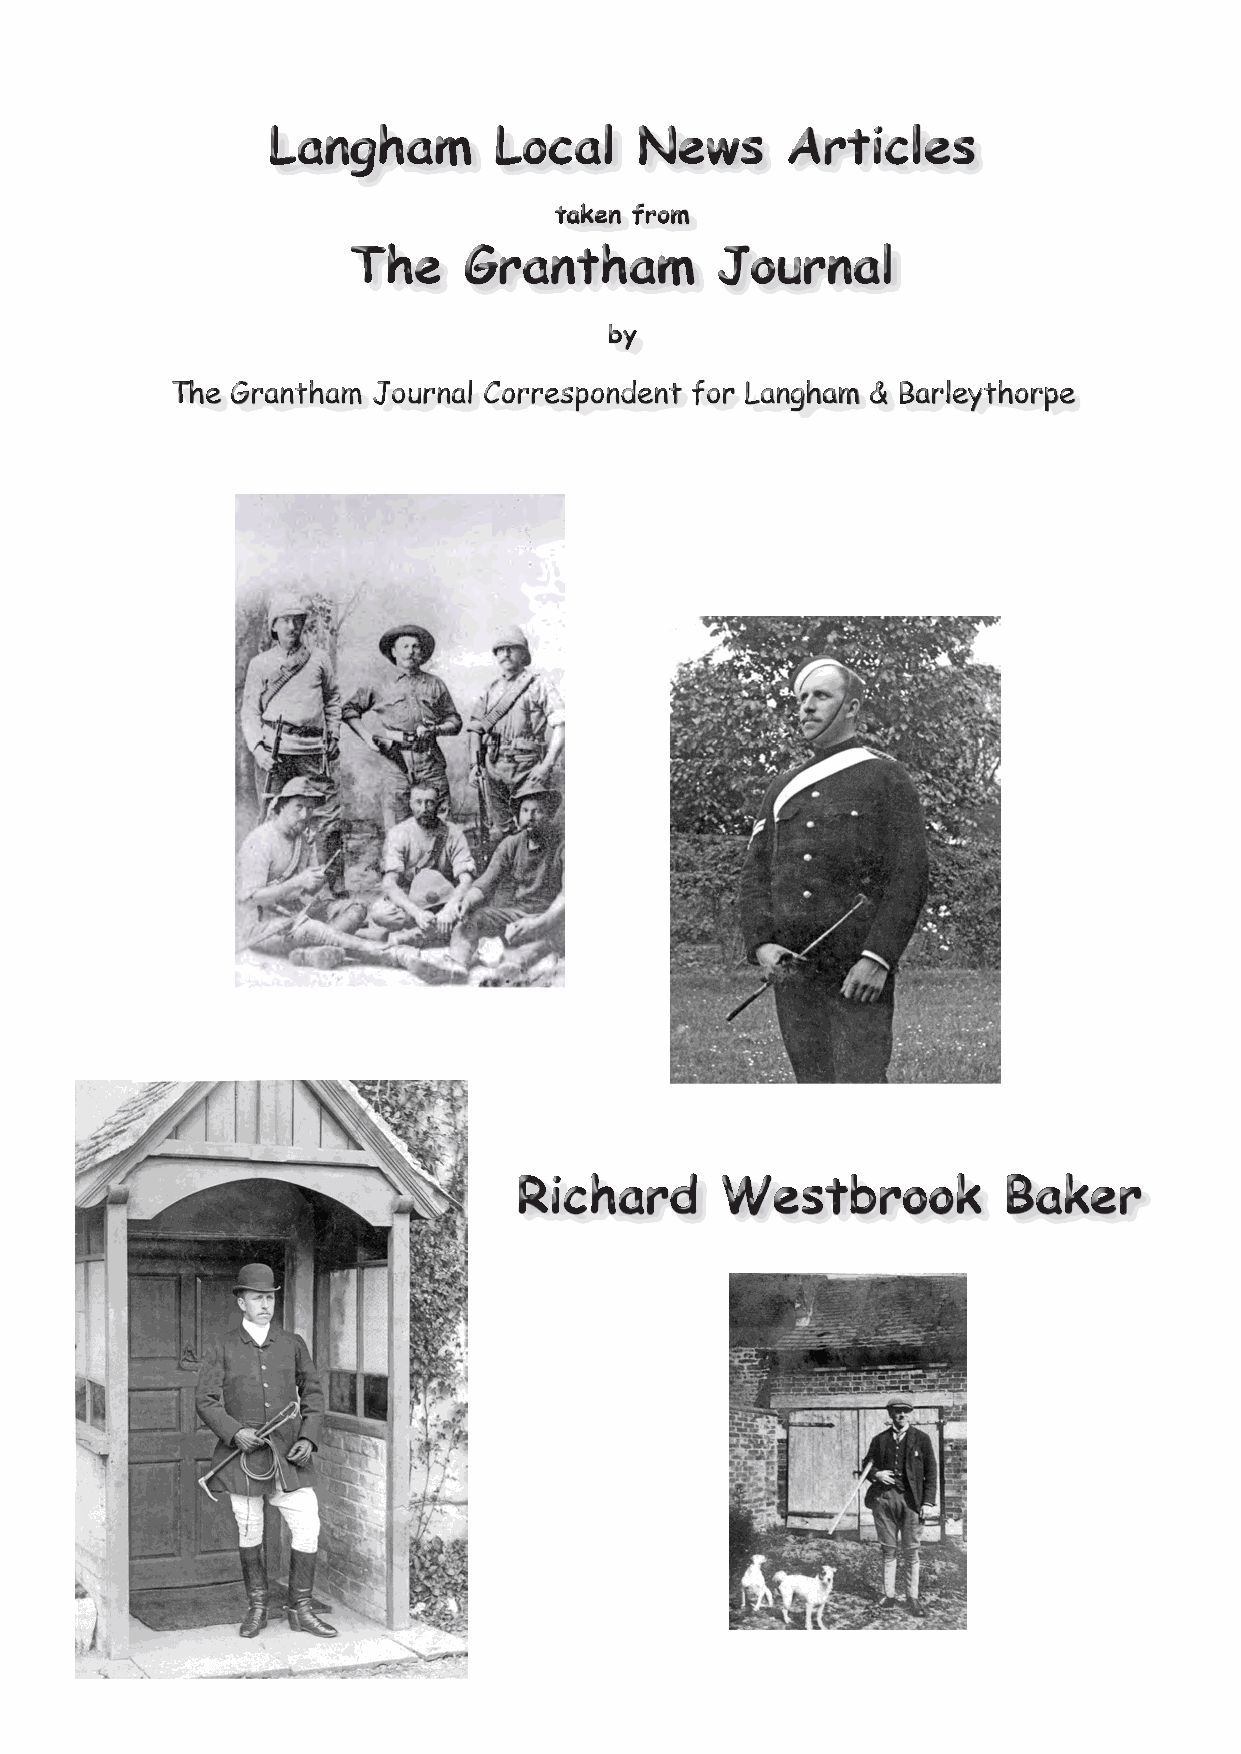
Langham        Local    News      Articles
 taken from
 The     Grantham        Journal
 by
 The Grantham  Journal Correspondent for Langham & Barleythorpe
 Richard       Westbrook         Baker